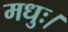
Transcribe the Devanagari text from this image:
मधुः।